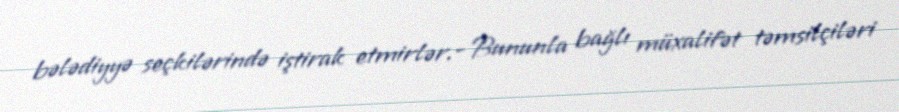
bələdiyyə seçkilərində iştirak etmirlər.- Bununla bağlı müxalifət təmsilçiləri